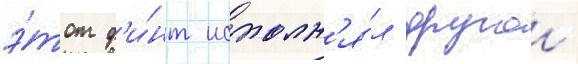
э́тот ф'и́нт исполн'я́л другои